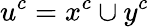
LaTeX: u^{c}=x^{c}\cup y^{c}